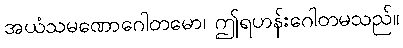
အယံသမဏောဂေါတမော၊ ဤရဟန်းဂေါတမသည်။